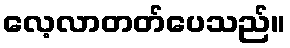
လေ့လာတတ်ပေသည်။